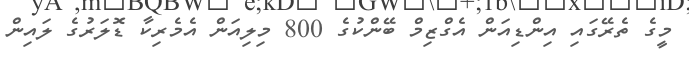
މީގެ ތެރޭގައި އިންޑިއަން އެގްޒިމް ބޭންކުގެ 800 މިލިއަން އެމެރިކާ ޑޮލަރުގެ ލައިން